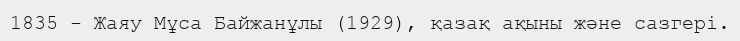
1835 - Жаяу Мұса Байжанұлы (1929), қазақ ақыны және сазгері.